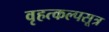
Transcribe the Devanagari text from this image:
वृहत्कल्पसूत्र